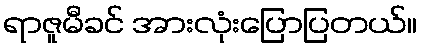
ရာဇူမီခင် အားလုံးပြောပြတယ်။